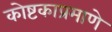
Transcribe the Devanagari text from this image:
कोष्टकाप्रमाणे